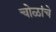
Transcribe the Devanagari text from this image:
चोळांचे